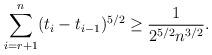
LaTeX: \begin{align*}\sum_{i=r+1}^n (t_i-t_{i-1})^{5/2}\geq \frac{1}{2^{5/2}n^{3/2}}.\end{align*}